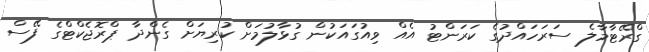
ގްރޭޓާމާލެ ސަރަހައްދުގެ ކަރަންޓު އެއް ވިއުގައަކުން ގުޅާލުމަށް ކުރިޔަށް ގެންދާ ޕްރޮޖެކްޓްގެ ފޭސް